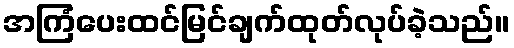
အကြံပေးထင်မြင်ချက်ထုတ်လုပ်ခဲ့သည်။